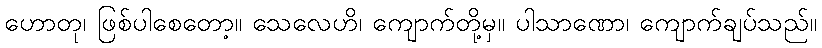
ဟောတု၊ ဖြစ်ပါစေတော့။ သေလေဟိ၊ ကျောက်တို့မှ။ ပါသာဏော၊ ကျောက်ချပ်သည်။